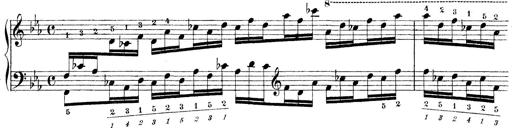
Title: Technische Studien
Composer: Franz Liszt